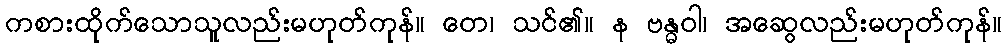
ကစားထိုက်သောသူလည်းမဟုတ်ကုန်။ တေ၊ သင်၏။ န ဗန္ဓဝါ၊ အဆွေလည်းမဟုတ်ကုန်။